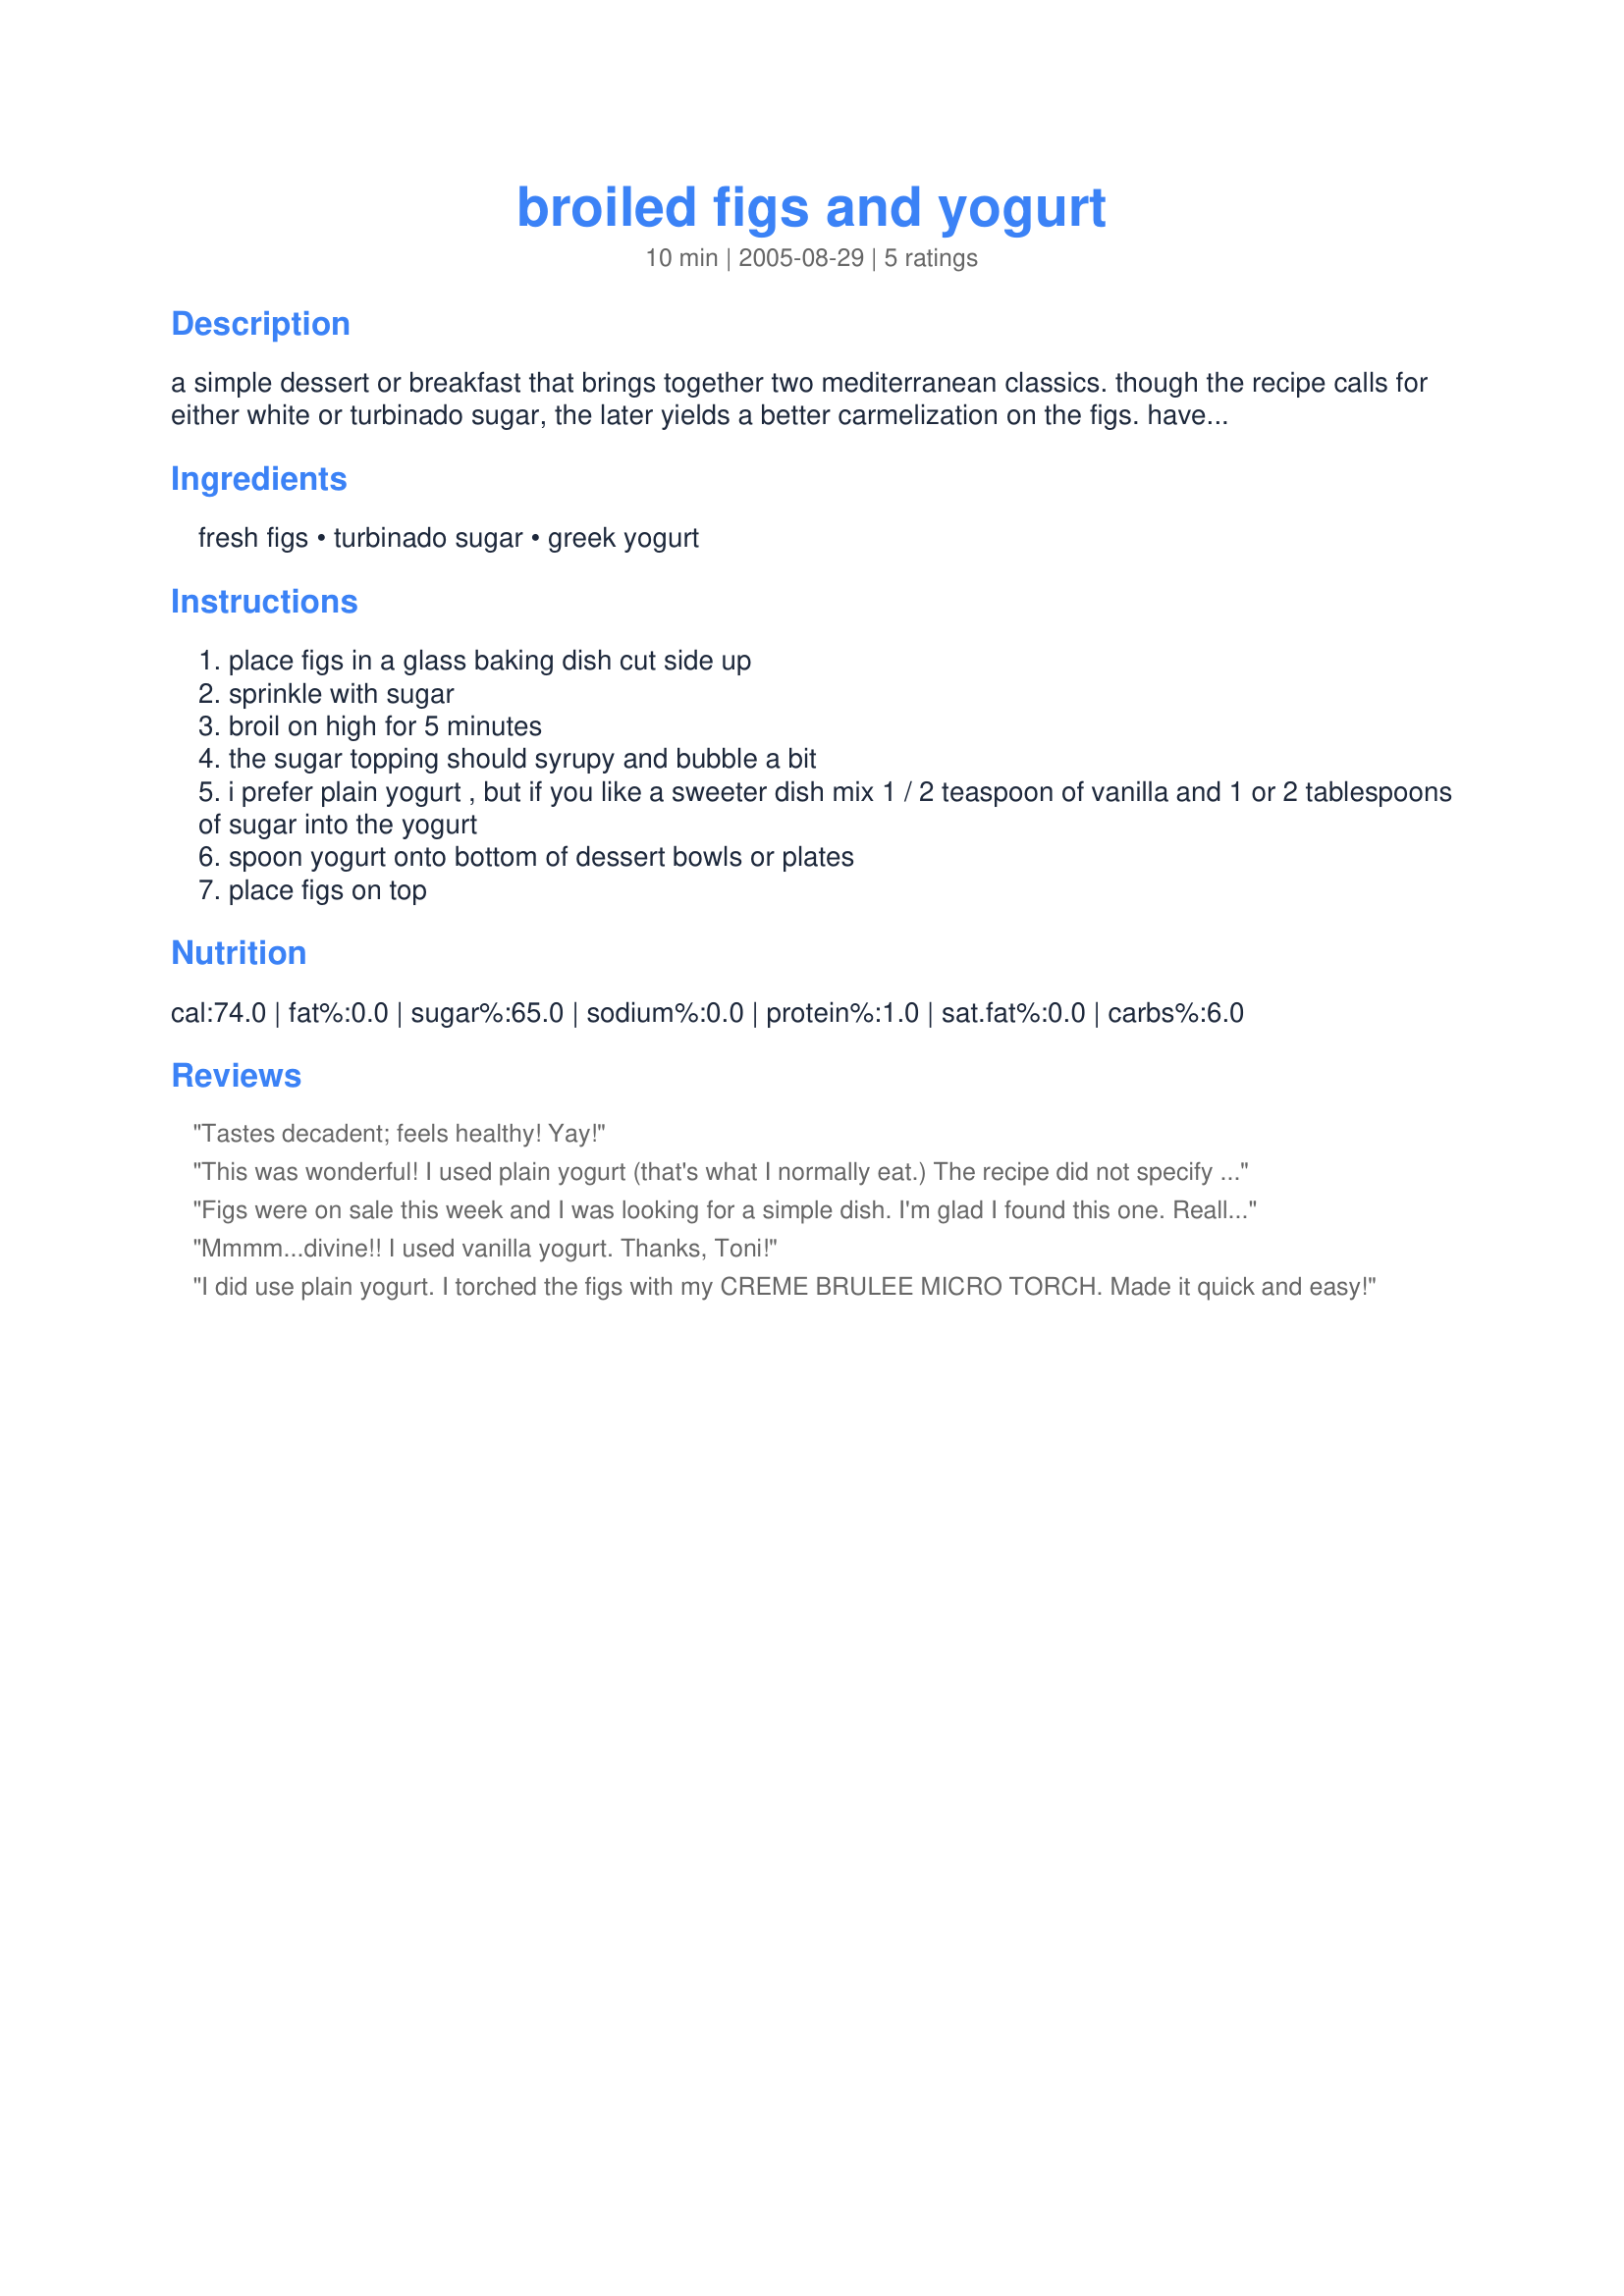
broiled figs and yogurt
Preparation time: 10 minutes

a simple dessert or breakfast that brings together two mediterranean classics. though the recipe calls for either white or turbinado sugar, the later yields a better carmelization on the figs. have not tried brown sugar but it may also work quite well.

Ingredients:
fresh figs, turbinado sugar, greek yogurt

Steps:
place figs in a glass baking dish cut side up
sprinkle with sugar
broil on high for 5 minutes
the sugar topping should syrupy and bubble a bit
i prefer plain yogurt , but if you like a sweeter dish mix 1 / 2 teaspoon of vanilla and 1 or 2 tablespoons of sugar into the yogurt
spoon yogurt onto bottom of dessert bowls or plates
place figs on top

Reviews:
Tastes decadent; feels healthy! Yay!
This was wonderful! I used plain yogurt (that's what I normally eat.) The recipe did not specify whether you should use Turkish figs or Black Mission figs- I used Turkish. Thanks for this recipe!

Jen
Figs were on sale this week and I was looking for a simple dish. I'm glad I found this one. Really good. I had it on yoghurt and husband on vanilla ice cream.
Mmmm...divine!! I used vanilla yogurt. Thanks, Toni!
I did use plain yogurt. I torched the figs with my CREME BRULEE MICRO TORCH. Made it quick and easy!
